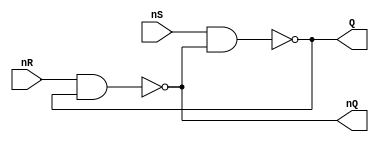
module RS_trig(
	input nR,
	input nS,
	output Q,
	output nQ);
		assign Q = ~(nS & nQ);
		assign nQ = ~(nR & Q);

endmodule